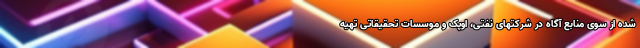
شده از سوی منابع آگاه در شرکتهای نفتی، اوپک و موسسات تحقیقاتی تهیه